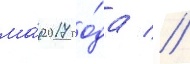
ма́я 2017 го́да //